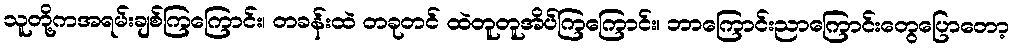
သူတို့ကအရမ်းချစ်ကြကြောင်း၊ တခန်းထဲ တခုတင် ထဲတူတူအိပ်ကြကြောင်း၊ ဘာကြောင်းညာကြောင်းတွေပြောတော့